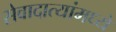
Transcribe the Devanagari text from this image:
सेवादात्यांमध्ये